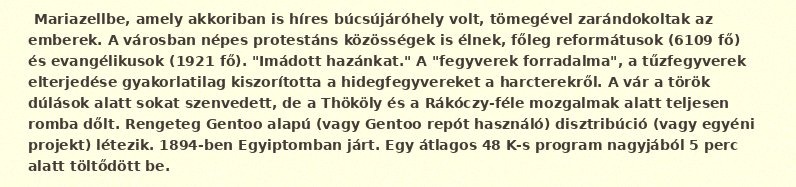
Mariazellbe, amely akkoriban is híres búcsújáróhely volt, tömegével zarándokoltak az emberek. A városban népes protestáns közösségek is élnek, főleg reformátusok (6109 fő) és evangélikusok (1921 fő). "Imádott hazánkat." A "fegyverek forradalma", a tűzfegyverek elterjedése gyakorlatilag kiszorította a hidegfegyvereket a harcterekről. A vár a török dúlások alatt sokat szenvedett, de a Thököly és a Rákóczy-féle mozgalmak alatt teljesen romba dőlt. Rengeteg Gentoo alapú (vagy Gentoo repót használó) disztribúció (vagy egyéni projekt) létezik. 1894-ben Egyiptomban járt. Egy átlagos 48 K-s program nagyjából 5 perc alatt töltődött be.